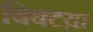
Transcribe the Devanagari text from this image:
बिबटय़ा